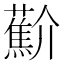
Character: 𰲑